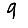
Digit: 9